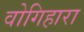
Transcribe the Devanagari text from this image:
वोगिहारा